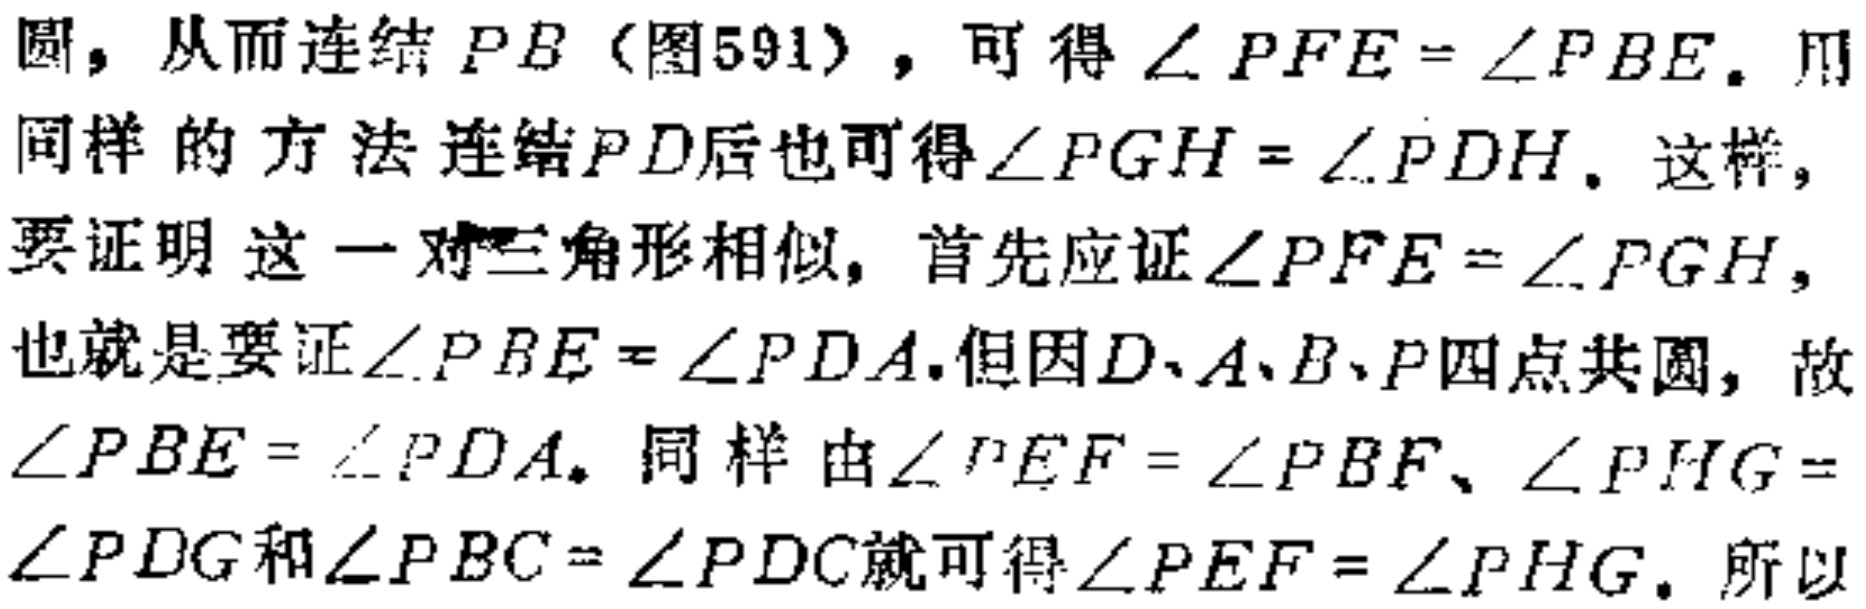
圆，从而连结 \(PB\)（图591），可得\(\angle PFE = \angle PBE\)。用同样的方法连结\(PD\)后也可得\(\angle PGH = \angle PDH\)。这样，要证明这一对三角形相似，首先应证\(\angle PFE=\angle PGH\)，也就是要证\(\angle PBE = \angle PDA\)。但因\(D、A、B、P\)四点共圆，故\(\angle PBE=\angle PDA\)。同样由\(\angle PEF = \angle PBF\)、\(\angle PHG = \angle PDG\)和\(\angle PBC=\angle PDC\)就可得\(\angle PEF = \angle PHG\)。所以